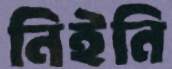
নিইনি